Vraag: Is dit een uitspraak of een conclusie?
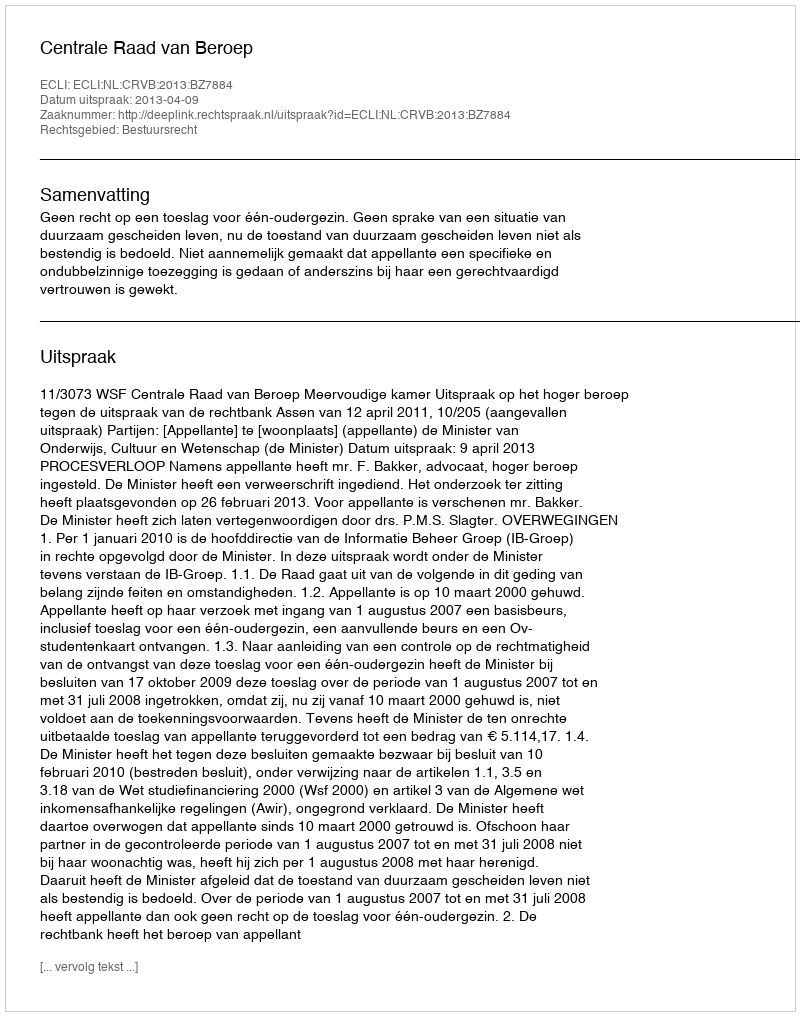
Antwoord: Uitspraak